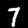
Digit: 7